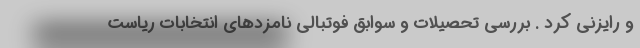
و رایزنی کرد . بررسی تحصیلات و سوابق فوتبالی نامزدهای انتخابات ریاست